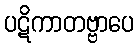
ပဋိကာတဗ္ဗာပေ